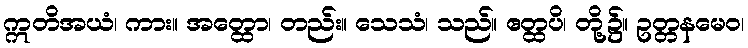
ဣတိအယံ၊ ကား။ အတ္ထော၊ တည်း။ သေသံ၊ သည်။ ဧတ္ထပိ၊ တို့၌။ ဥတ္တနမေဝ၊